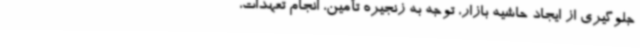
جلوگیری از ایجاد حاشیه بازار، توجه به زنجیره تأمین، انجام تعهدات،